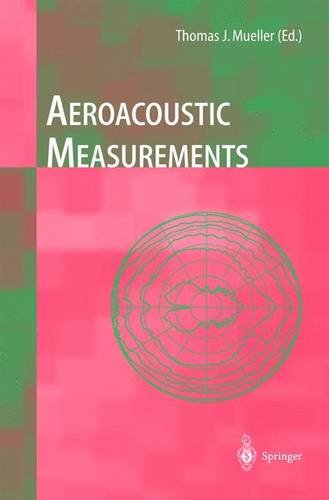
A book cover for Aeroacoustic Measurements; Science & Math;